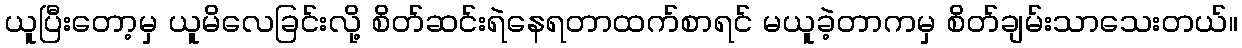
ယူပြီးတော့မှ ယူမိလေခြင်းလို့ စိတ်ဆင်းရဲနေရတာထက်စာရင် မယူခဲ့တာကမှ စိတ်ချမ်းသာသေးတယ်။